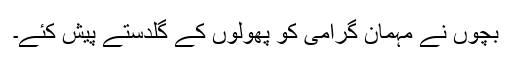
بچوں نے مہمان گرامی کو پھولوں کے گلدستے پیش کئے۔